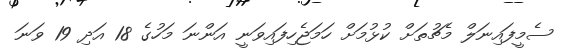
ސެމީފައިނަލް މެޗުތަށް ކުޅުމަށް ހަމަޖެހިފައިވަނީ އަންނަ މަހުގެ 18 އަދި 19 ވަނަ